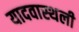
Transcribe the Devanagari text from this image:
यादवास्थली